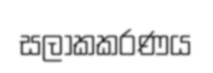
සලාකකරණය